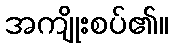
အကျိုးစပ်၏။